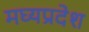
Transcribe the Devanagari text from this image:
मघ्‍यप्रदेश